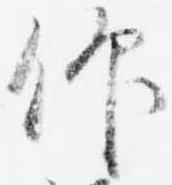
仰